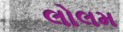
લોલમ